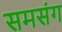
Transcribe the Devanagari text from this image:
समसंग